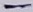
Text: -